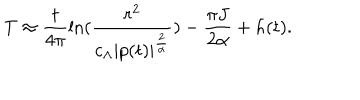
LaTeX: T \approx \frac { t } { 4 \pi } \ln ( \frac { r ^ { 2 } } { c _ { \Lambda } | p ( t ) | ^ { \frac { 2 } { \alpha } } } ) - \frac { \pi J } { 2 \alpha } + h ( t ) .